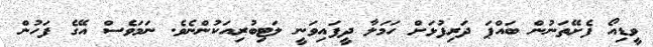
ވީޑިއޯ ފެށޭތަނުން ބައްޕަ ދަރިފުޅަށް ހަމަލާ ދީފައިވަނީ ލަޓިބުރިއަކުންނެވެ. ނަމަވެސް އޭގެ ފަހުން